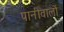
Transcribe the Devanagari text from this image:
पानीवालों